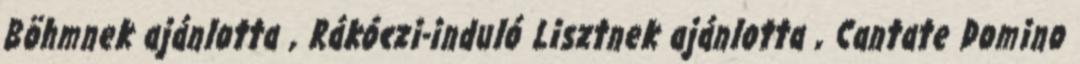
Böhmnek ajánlotta , Rákóczi-induló Lisztnek ajánlotta , Cantate Domino